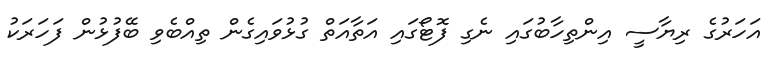
އަހަރުގެ ރިޔާސީ އިންތިހާބުގައި ނެގި ފޮޓޯގައި އަތާއަތް ގުޅުވައިގެން ތިއްބެވި ބޭފުޅުން ފަހަރަކު